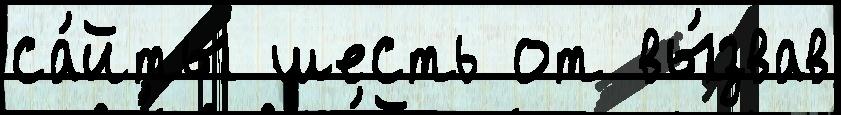
са́йты шесть от вы́звав